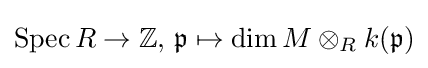
\operatorname {Spec} R\to \mathbb {Z} ,\,{\mathfrak {p}}\mapsto \dim M\otimes _{R}k({\mathfrak {p}})